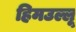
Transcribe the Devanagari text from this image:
हिमउल्लू